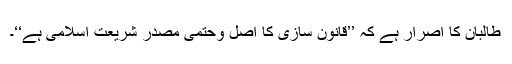
طالبان کا اصرار ہے کہ ’’قانون سازی کا اصل وحتمی مصدر شریعت اسلامی ہے‘‘۔